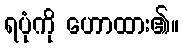
ရပုံကို ဟောထား၏။